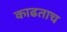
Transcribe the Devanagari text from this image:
काढताच